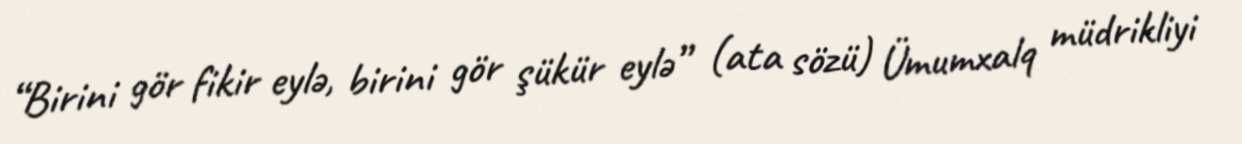
“Birini gör fikir eylə, birini gör şükür eylə” (ata sözü) Ümumxalq müdrikliyi